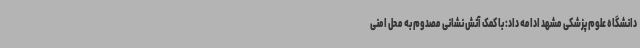
دانشگاه علوم پزشکی مشهد ادامه داد: با کمک آتش نشانی مصدوم به محل امنی